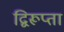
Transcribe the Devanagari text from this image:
द्विरूप्ता